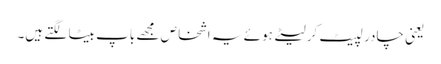
یعنی چادر لپیٹ کر لیٹے ہوئے یہ اشخاص مجھے باپ بیٹا لگتے ہیں۔